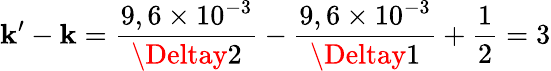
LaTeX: \mathbf{k}’-\mathbf{k}=\frac{{9,6\times10^{-3}}}{{\Deltay2}}-\frac{{9,6\times10^{-3}}}{{\Deltay1}}+\frac{{1}}{{2}}=3